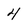
Character: 4